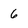
Character: 6